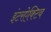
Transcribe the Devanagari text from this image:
इंटरऐक्टिव